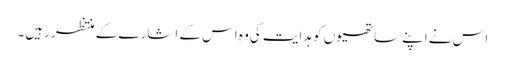
اس نے اپنے ساتھیوں کو ہدایت کی وہ اس کے اشارے کے منتظر رہیں۔